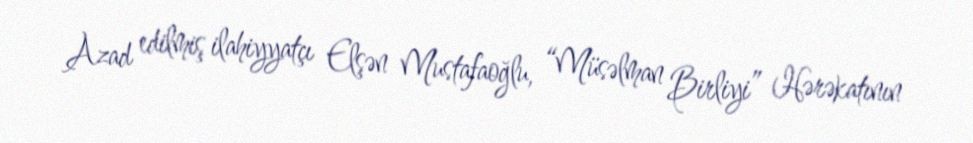
Azad edilmiş ilahiyyatçı Elşən Mustafaoğlu, “Müsəlman Birliyi” Hərəkatının